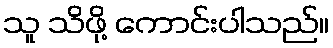
သူ သိဖို့ ကောင်းပါသည်။